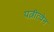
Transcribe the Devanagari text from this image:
पत्नीत्वेन